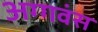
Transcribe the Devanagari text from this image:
अग्गवंस